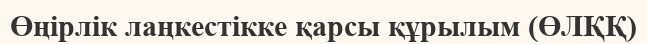
Өңірлік лаңкестікке қарсы құрылым (ӨЛҚҚ)